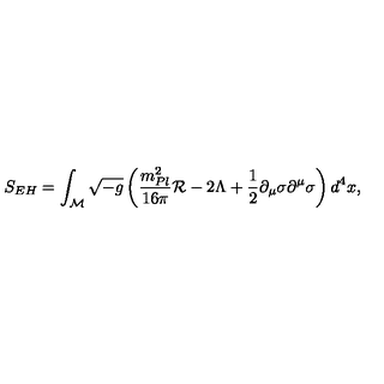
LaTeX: S _ { E H } = \int _ { \cal M } \sqrt { - g } \left( { \frac { m _ { P l } ^ { 2 } } { 1 6 \pi } } { \cal R } - 2 \Lambda + { \frac { 1 } { 2 } } \partial _ { \mu } \sigma \partial ^ { \mu } \sigma \right) d ^ { 4 } x ,